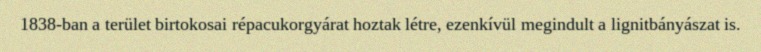
1838-ban a terület birtokosai répacukorgyárat hoztak létre, ezenkívül megindult a lignitbányászat is.